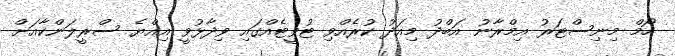
ހޯމް މިނިސްޓަރު އިމްރާނު އަބްދު މިއަދު ކުރެއްވި ޓުވީޓެއްގައި ވިދާޅުވީ އިއްޔެ ސްރީލަންކާއަށް